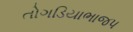
તોગડિયાભાજપ